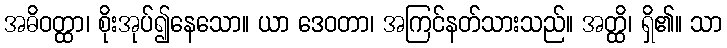
အဓိဝတ္ထာ၊ စိုးအုပ်၍နေသော။ ယာ ဒေဝတာ၊ အကြင်နတ်သားသည်။ အတ္ထိ၊ ရှိ၏။ သာ